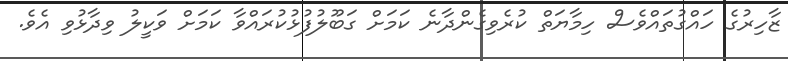
ޒާހިރުގެ ހައްގުތައްވެސް ހިމާޔަތް ކުރެވިގެންދާނެ ކަމަށް ގަބޫލުފުޅުކުރައްވާ ކަމަށް ވަކީލު ވިދާޅުވި އެވެ.